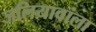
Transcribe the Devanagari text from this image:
जलियावांला